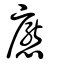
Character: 懕